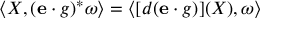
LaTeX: \langle X , ( { \mathbf { e } } \cdot g ) ^ { * } \omega \rangle = \langle [ d ( \mathbf { e } \cdot g ) ] ( X ) , \omega \rangle